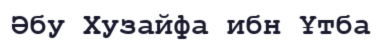
Әбу Хузайфа ибн Ұтба